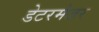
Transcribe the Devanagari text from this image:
डेटरमेजर